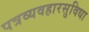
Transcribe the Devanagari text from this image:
पत्रव्यवहारसुविधा